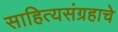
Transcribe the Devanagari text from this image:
साहित्यसंग्रहाचे